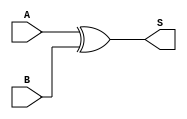
module XOR_Gate (
    input A,
    input B,
    output S
);
    assign S = A ^ B; // Sum is the XOR of A and B
endmodule